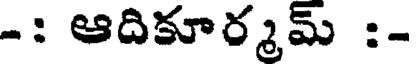
-: ఆదికూర్మమ్ :-